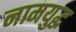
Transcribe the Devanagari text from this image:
नामयुद्ध